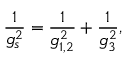
\frac { 1 } { g _ { s } ^ { 2 } } = \frac { 1 } { g _ { 1 , 2 } ^ { 2 } } + \frac { 1 } { g _ { 3 } ^ { 2 } } ,